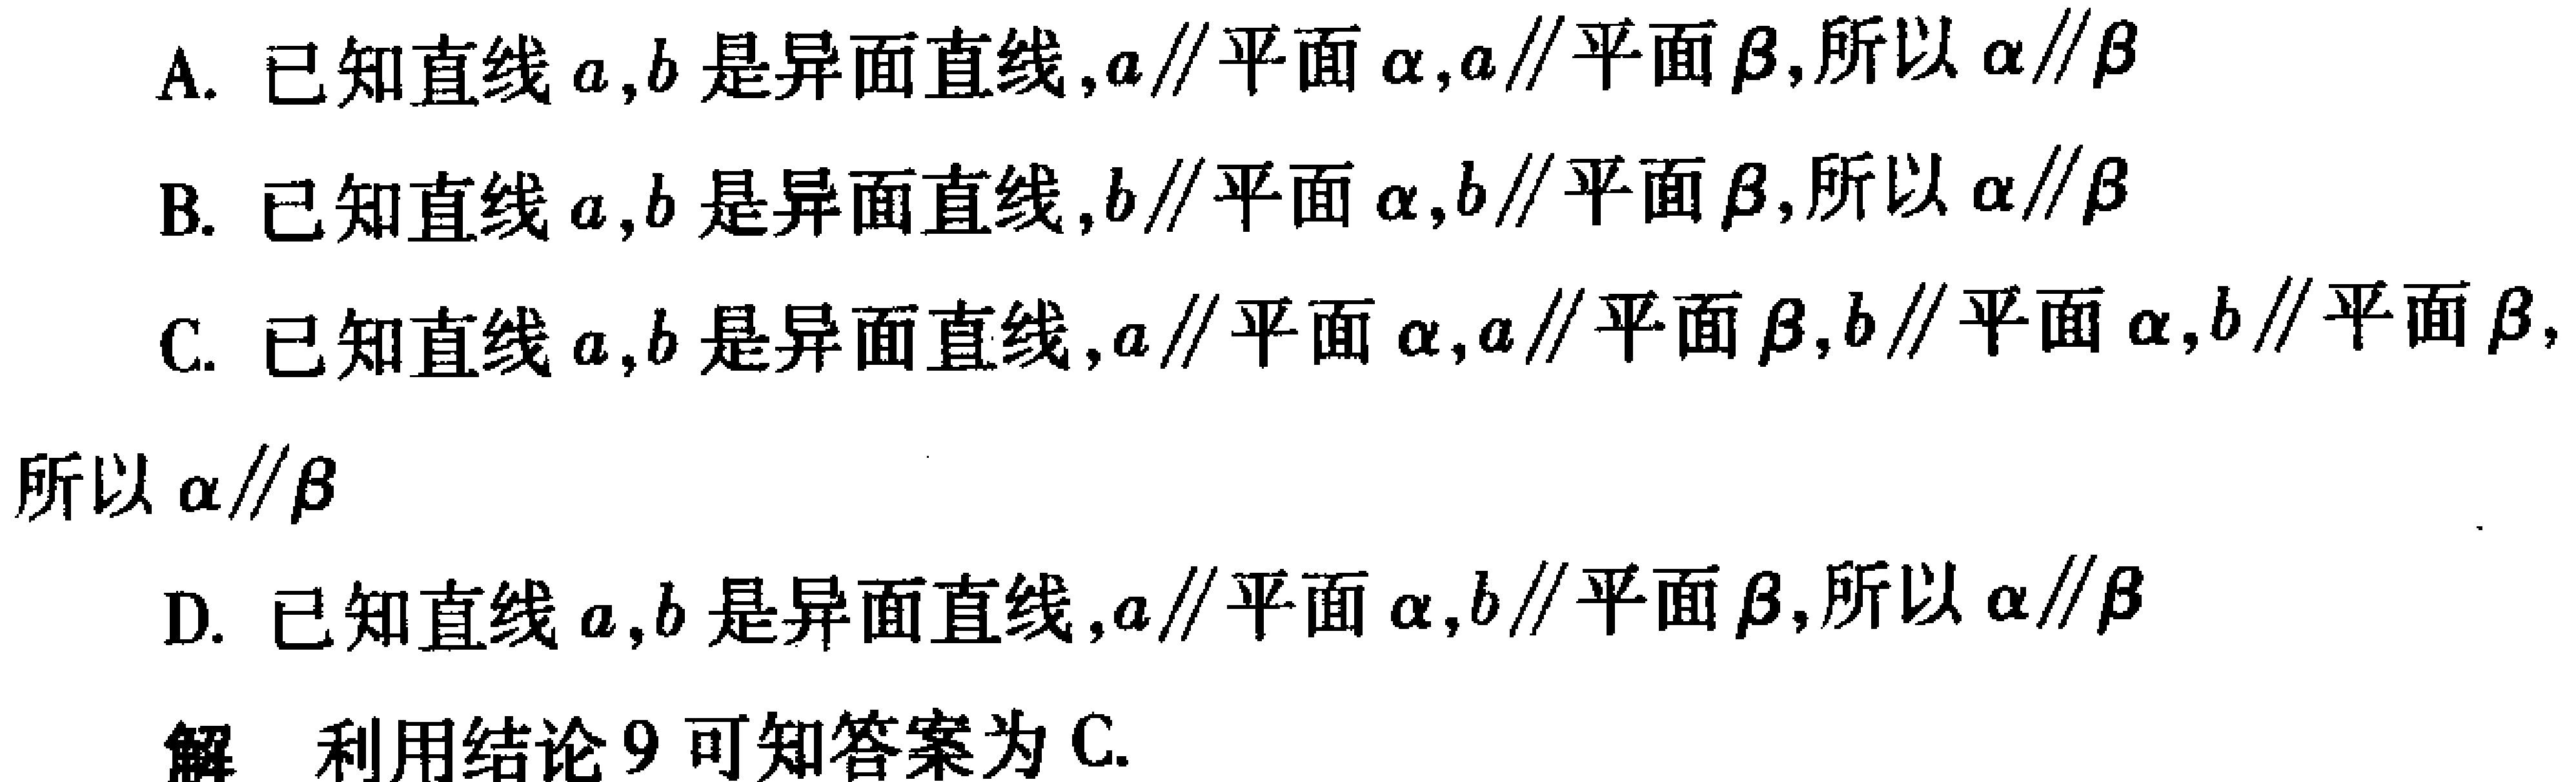
A. 已知直线\(a,b\)是异面直线,\(a\parallel\)平面\(\alpha\),\(a\parallel\)平面\(\beta\),所以\(\alpha\parallel\beta\)
B. 已知直线\(a,b\)是异面直线,\(b\parallel\)平面\(\alpha\),\(b\parallel\)平面\(\beta\),所以\(\alpha\parallel\beta\)
C. 已知直线\(a,b\)是异面直线,\(a\parallel\)平面\(\alpha\),\(a\parallel\)平面\(\beta\),\(b\parallel\)平面\(\alpha\),\(b\parallel\)平面\(\beta\),所以\(\alpha\parallel\beta\)
D. 已知直线\(a,b\)是异面直线,\(a\parallel\)平面\(\alpha\),\(b\parallel\)平面\(\beta\),所以\(\alpha\parallel\beta\)
解 利用结论9可知答案为C.